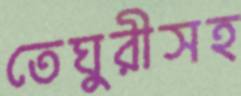
তেঘুরীসহ